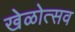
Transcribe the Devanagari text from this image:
खेळोत्सव